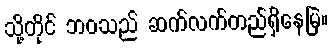
သို့တိုင် ဘဝသည် ဆက်လက်တည်ရှိနေမြဲ။